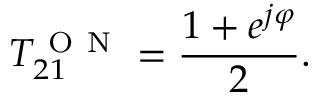
T _ { 2 1 } ^ { \mathrm { ~ O ~ N ~ } } = \frac { 1 + e ^ { j \varphi } } { 2 } .